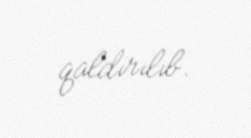
qaldırılıb.